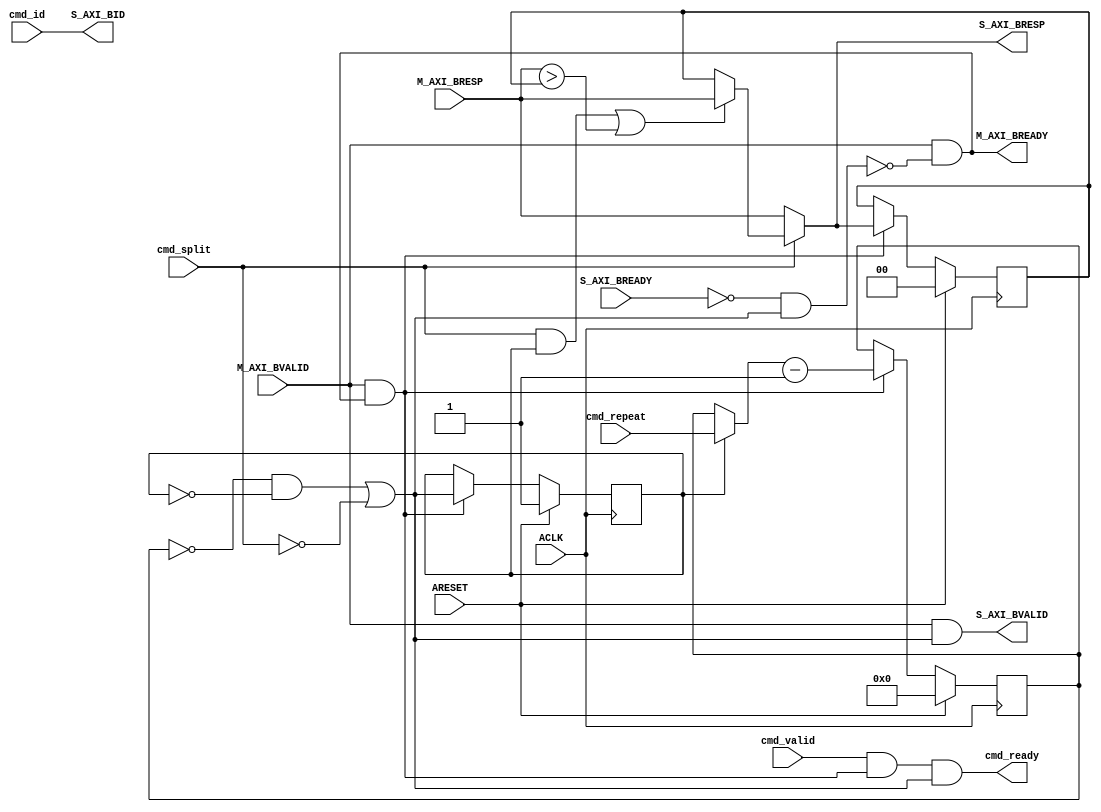
module axi_dwidth_converter_v2_1_b_downsizer #
  (
   parameter         C_FAMILY                         = "none", 
   parameter integer C_AXI_ID_WIDTH                   = 1
   )
  (
   input  wire                                                    ARESET,
   input  wire                                                    ACLK,
   input  wire                              cmd_valid,
   input  wire                              cmd_split,
   input  wire [8-1:0]                      cmd_repeat,
   output wire                              cmd_ready,
   input  wire [C_AXI_ID_WIDTH-1:0]         cmd_id,
   output wire [C_AXI_ID_WIDTH-1:0]           S_AXI_BID,
   output wire [2-1:0]                          S_AXI_BRESP,
   output wire                                                    S_AXI_BVALID,
   input  wire                                                    S_AXI_BREADY,
   input  wire [2-1:0]                         M_AXI_BRESP,
   input  wire                                                   M_AXI_BVALID,
   output wire                                                   M_AXI_BREADY
   );
  localparam [2-1:0] C_RESP_OKAY        = 2'b00;
  localparam [2-1:0] C_RESP_EXOKAY      = 2'b01;
  localparam [2-1:0] C_RESP_SLVERROR    = 2'b10;
  localparam [2-1:0] C_RESP_DECERR      = 2'b11;
  wire                            cmd_ready_i;
  wire                            pop_mi_data;
  wire                            mi_stalling;
  reg  [8-1:0]                    repeat_cnt_pre;
  reg  [8-1:0]                    repeat_cnt;
  wire [8-1:0]                    next_repeat_cnt;
  reg                             first_mi_word;
  wire                            last_word;
  wire                            load_bresp;
  wire                            need_to_update_bresp;
  reg  [2-1:0]                    S_AXI_BRESP_ACC;
  wire                            M_AXI_BREADY_I;
  wire [C_AXI_ID_WIDTH-1:0]       S_AXI_BID_I;
  reg  [2-1:0]                    S_AXI_BRESP_I;
  wire                            S_AXI_BVALID_I;
  wire                            S_AXI_BREADY_I;
  assign M_AXI_BREADY_I = M_AXI_BVALID & ~mi_stalling;
  assign M_AXI_BREADY   = M_AXI_BREADY_I;
  assign S_AXI_BVALID_I = M_AXI_BVALID & last_word;
  assign pop_mi_data    = M_AXI_BVALID & M_AXI_BREADY_I;
  assign cmd_ready_i    = cmd_valid & pop_mi_data & last_word;
  assign cmd_ready      = cmd_ready_i;
  assign mi_stalling    = (~S_AXI_BREADY_I & last_word);
  assign load_bresp           = (cmd_split & first_mi_word);
  assign need_to_update_bresp = ( M_AXI_BRESP > S_AXI_BRESP_ACC );
  always @ *
  begin
    if ( cmd_split ) begin
      if ( load_bresp || need_to_update_bresp ) begin
        S_AXI_BRESP_I = M_AXI_BRESP;
      end else begin
        S_AXI_BRESP_I = S_AXI_BRESP_ACC;
      end
    end else begin
      S_AXI_BRESP_I = M_AXI_BRESP;
    end
  end
  always @ (posedge ACLK) begin
    if (ARESET) begin
      S_AXI_BRESP_ACC <= C_RESP_OKAY;
    end else begin
      if ( pop_mi_data ) begin
        S_AXI_BRESP_ACC <= S_AXI_BRESP_I;
      end
    end
  end
  assign last_word  = ( ( repeat_cnt == 8'b0 ) & ~first_mi_word ) | 
                      ~cmd_split;
  always @ *
  begin
    if ( first_mi_word ) begin
      repeat_cnt_pre  =  cmd_repeat;
    end else begin
      repeat_cnt_pre  =  repeat_cnt;
    end
  end
  assign next_repeat_cnt  = repeat_cnt_pre - 2'b01;
  always @ (posedge ACLK) begin
    if (ARESET) begin
      repeat_cnt    <= 8'b0;
      first_mi_word <= 1'b1;
    end else begin
      if ( pop_mi_data ) begin
        repeat_cnt    <= next_repeat_cnt;
        first_mi_word <= last_word;
      end
    end
  end
  assign S_AXI_BID_I  = cmd_id;
  assign S_AXI_BID      = S_AXI_BID_I;
  assign S_AXI_BRESP    = S_AXI_BRESP_I;
  assign S_AXI_BVALID   = S_AXI_BVALID_I;
  assign S_AXI_BREADY_I = S_AXI_BREADY;
endmodule